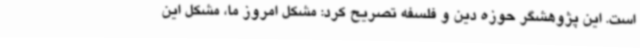
است. این پژوهشگر حوزه دین و فلسفه تصریح کرد: مشکل امروز ما، مشکل این